Civil Veterinary Dept. Assam report 1927-50 - 1927-1950
Year: 1927
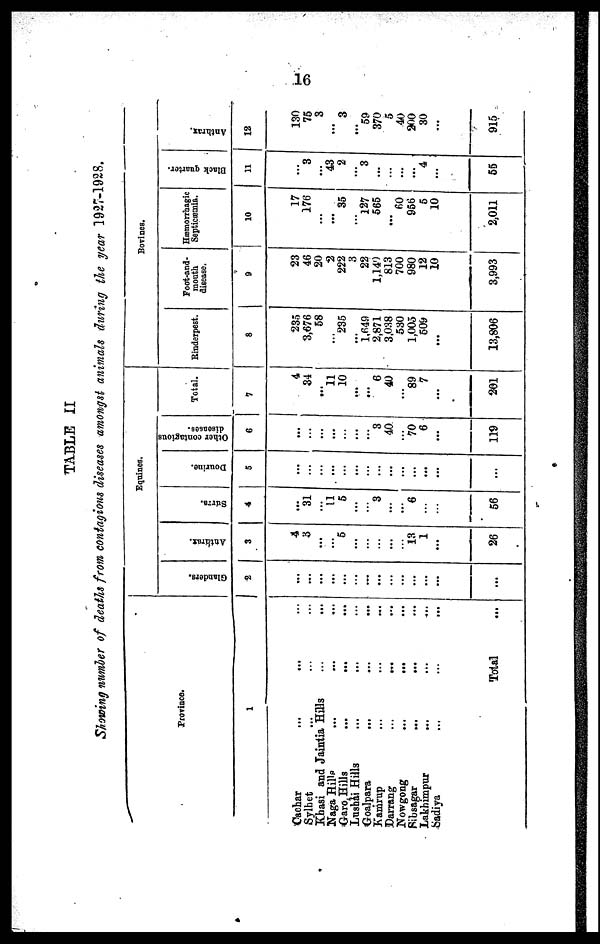
16
TABLE II
Showing number of deaths from contagions diseases amongst animals during the year 1927-1928.
Province.
1
Cachar
...
... ...
Sylhet
Khasi and Jaintia Hills ... ...
Naga Hills ... ... ...
Garo. Hills
...
... ...
Lushai Hills ... ... ...
Goalpara ... ... ...
Kamrup ... ... ...
Darrang
...
... ...
Nowgong
...
... ...
Sibsagar
...
... ...
Lakhimpur ... ... ...
Sadiya ... ... ...
Total ...
Equines.
Glanders.
2
...
...
...
...
...
...
...
...
...
...
...
...
...
Anthrax.
3
4
3
...
...
5
...
...
...
13
1
...
26
Surra.
4
...
31
...
11
5
...
...
3
...
...
6
...
...
56
Dourine.
5
...
...
...
...
...
...
...
...
...
...
...
Other contagious
diseases.
6
...
...
...
...
...
...
...
3
40
...
70
6
...
119
Total.
7
4
34
...
11
10
...
...
6
40
...
89
7
...
201
Bovines.
Rinderpest.
8
235
3,676
58
...
235
...
1,649
2,871
3,038
530
1,005
509
...
13,806
Foot-and-
mouth
disease.
9
23
46
20
2
222
3
22
1,149
813
700
980
12
10
3,993
Hæmorrhagic
Septicæmia.
10
17
176
...
...
35
...
127
565
60
956
5
10
2,011
Black quarter.
11
...
3
...
43
2
...
3
...
...
...
...
4
...
55
Anthrax.
12
130
75
3
...
3
...
59
370
5
40
200
30
...
915